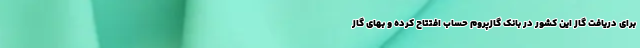
برای دریافت گاز این کشور در بانک گازپروم حساب افتتاح کرده و بهای گاز